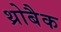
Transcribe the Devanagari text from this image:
थ्रोबैक